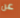
عن